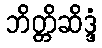
ဘိတ္တိဆိဒ္ဒံ